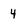
Character: 4